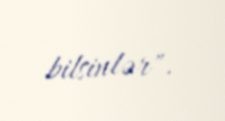
bilsinlər".